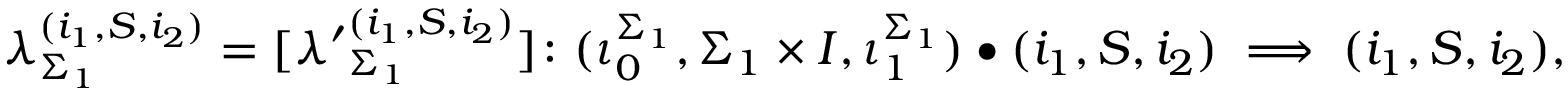
\boldsymbol { \lambda } _ { \Sigma _ { 1 } } ^ { ( i _ { 1 } , S , i _ { 2 } ) } = [ \boldsymbol { \lambda ^ { \prime } } _ { \Sigma _ { 1 } } ^ { ( i _ { 1 } , S , i _ { 2 } ) } ] \colon ( \iota _ { 0 } ^ { \Sigma _ { 1 } } , \Sigma _ { 1 } \times I , \iota _ { 1 } ^ { \Sigma _ { 1 } } ) \bullet ( i _ { 1 } , S , i _ { 2 } ) \implies ( i _ { 1 } , S , i _ { 2 } ) ,